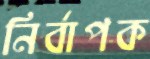
নির্বাপক